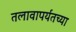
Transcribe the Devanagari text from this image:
तलावापर्यंतच्या